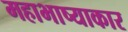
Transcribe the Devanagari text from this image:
महाभाष्याकार